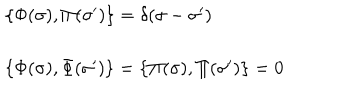
\begin{array} { l l } { { \{ \Phi ( \sigma ) , \Pi ( \sigma ^ { \prime } ) \} = \delta ( \sigma - \sigma ^ { \prime } ) } } \\ { { \{ \Phi ( \sigma ) , \Phi ( \sigma ^ { \prime } ) \} = \{ \Pi ( \sigma ) , \Pi ( \sigma ^ { \prime } ) \} = 0 } } \\ \end{array}